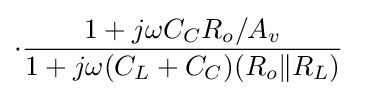
\cdot {\frac {1+j\omega C_{C}R_{o}/A_{v}}{1+j\omega (C_{L}+C_{C})(R_{o}\|R_{L})}}\